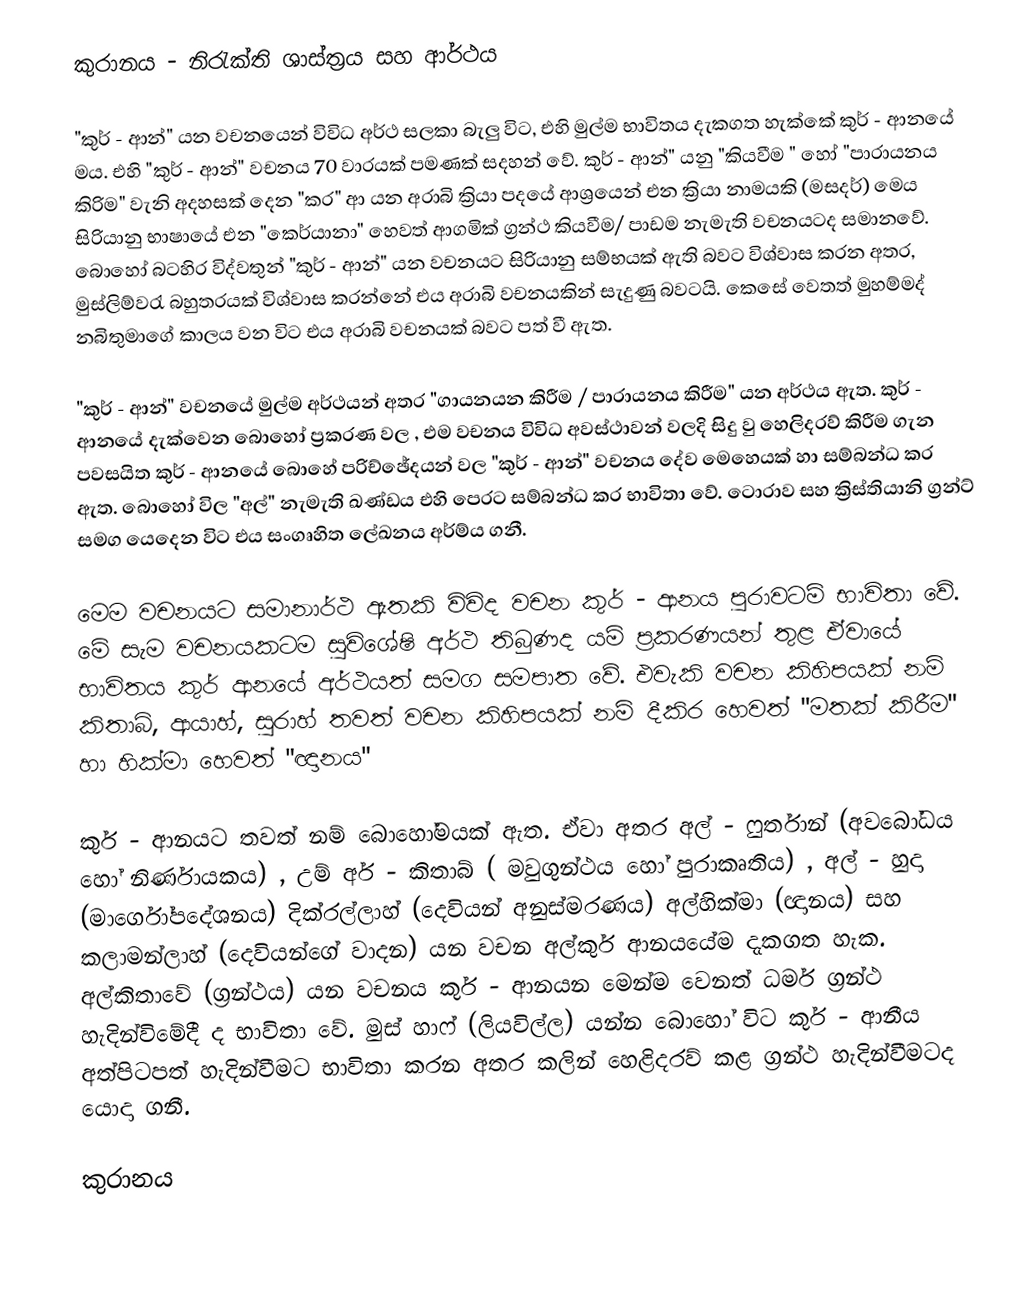
කුරානය - නිරැක්ති ශාස්ත්‍රය සහ ආර්ථය

	"කුර් - ආන්" යන වචනයෙන් විවිධ අර්ථ සලකා බැලු විට, එහි මුල්ම භාවිතය දැකගත හැක්කේ කුර් - ආනයේ මය. එහි "කුර් - ආන්" වචනය 70 වාරයක් පමණක් සදහන් වේ. කුර් - ආන්" යනු "කියවීම ‍" හෝ "පාරායනය කිරිම" වැනි අදහසක් දෙන "කර" ආ යන අරාබි ක්‍රියා පදයේ ආශ්‍රයෙන් එන ක්‍රියා නාමයකි (මසදර්) මෙය සිරියානු භාෂායේ එන "කෙර්යානා" හෙවත් ආගමික් ග්‍රන්ථ කියවීම/ පාඩම නැමැති වචනයටද සමාන‍වේ. බොහෝ බටහිර විද්වතුන් "කුර් - ආන්" යන වචනයට සිරියානු සම්භයක් ඇති බවට විශ්වාස කරන අතර, මුස්ලිම්වරැ බහුතරයක් විශ්වාස කරන්නේ එය අරාබි වචනයකින් සැදුණු බවටයි. කෙසේ වෙතත් මුහම්මද් නබිතුමාගේ කාලය වන විට එය අරාබි වචනයක් බවට පත් වී ඇත.

	"කුර් - ආන්"  වචනයේ මුල්ම අර්ථයන් අතර "ගායනයන කිරීම / පාරායනය කිරීම" යන අර්ථය ඇත. කුර් - ආනයේ දැක්වෙන බොහෝ ප්‍රකරණ වල , එම වචනය විවිධ අවස්ථාවන් වලදි සිදු වු හෙලිදරව් කිරීම ගැන පවසයිත කුර් - ආනයේ බොහේ පරිච්ඡේදයන් වල "කුර් - ආන්" වචනය දේව මෙහෙයක් හා සම්බන්ධ කර ඇත. බොහෝ විල "අල්" නැමැති ඛණ්ඩය එහි පෙරට සම්බන්ධ කර භාවිතා වේ. ටොරාව සහ ක්‍රිස්තියානි ග්‍රන්ට් සමග යෙදෙන විට එය සංගෘහිත ලේඛනය අර්ම්ය ගනී.

	මෙම වචනයට සමානාර්ථ ඇතකි විවිද වචන කුර් - ආනය පුරාවටම් භාවිතා වේ. මේ සැම වචනයකටම සුවිශේෂි අර්ථ තිබුණද යම් ප්‍රකරණයන් තුළ ඒවායේ භාවිතය කුර් ආනයේ අර්ථයත් සමග සමපාත වේ. එවැකි වචන කිහිපයක් නම් කිතාබ්, ආයාහ්, සුරාහ් තවත් වචන කිහිපයක් නම් දීකිර හෙවත් "මතක් කිරීම" හා හික්මා හෙවත් "ඥානය"

	කුර් - ආනයට තවත් නම් බො‍හෝමයක් ඇත. ඒවා අතර අල් - ෆුර්තාන් (අවබෝධය හෝ නිර්ණායකය) , උම් අර් - කිතාබ් ( මවුගුන්ථය හෝ පුරාකෘතිය) , අල් - හුදා (මාර්ගෝපදේශනය) දික්රල්ලා‍හ් (දෙවියන් අනුස්මරණය) අල්හික්මා (ඥානය) සහ කලාමන්ලාහ් (දෙවියන්ගේ වාදන) යන වචන අල්කුර් ආනයයේම දැකගත හැක. අල්කිතාවේ (ග්‍රන්ථය) යන වචනය කුර් - ආනයන මෙන්ම වෙනත් ධර්ම ග්‍රන්ථ හැදින්විමේදී ද භාවිතා වේ. මුස් හාෆ් (ලියවිල්ල) යන්න බොහෝ විට කුර් - ආනීය අත්පිටපත් හැදින්වීමට භාවිතා කරන අතර කලින් හෙළිදරව් කළ ග්‍රන්ථ හැදින්වීමටද යොදා ගනී.

කුරානය